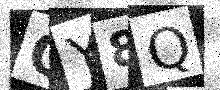
Text: QY8Q